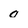
Character: 0